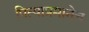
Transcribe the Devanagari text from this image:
पित्याप्रमानेच